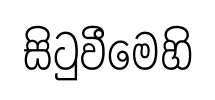
සිටුවීමෙහි